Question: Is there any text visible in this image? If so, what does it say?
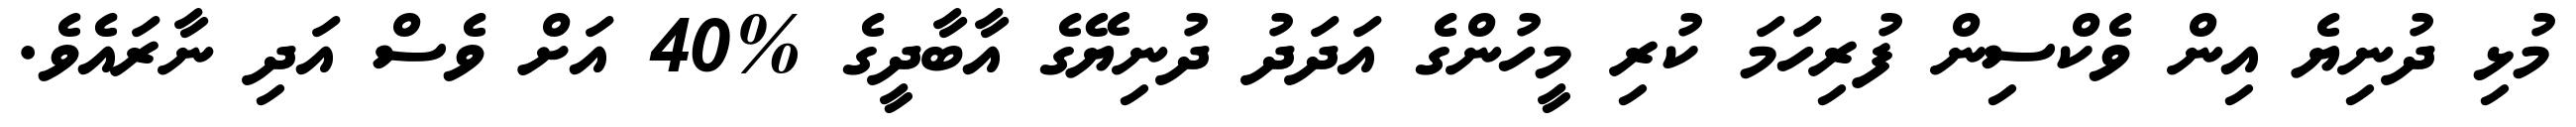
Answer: މުޅި ދުނިޔެ އިން ވެކްސިން ފުރިހަމަ ކުރި މީހުންގެ އަދަދު ދުނިޔޭގެ އާބާދީގެ %40 އަށް ވެސް އަދި ނާރައެވެ.